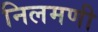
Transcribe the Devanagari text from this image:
निलमणी